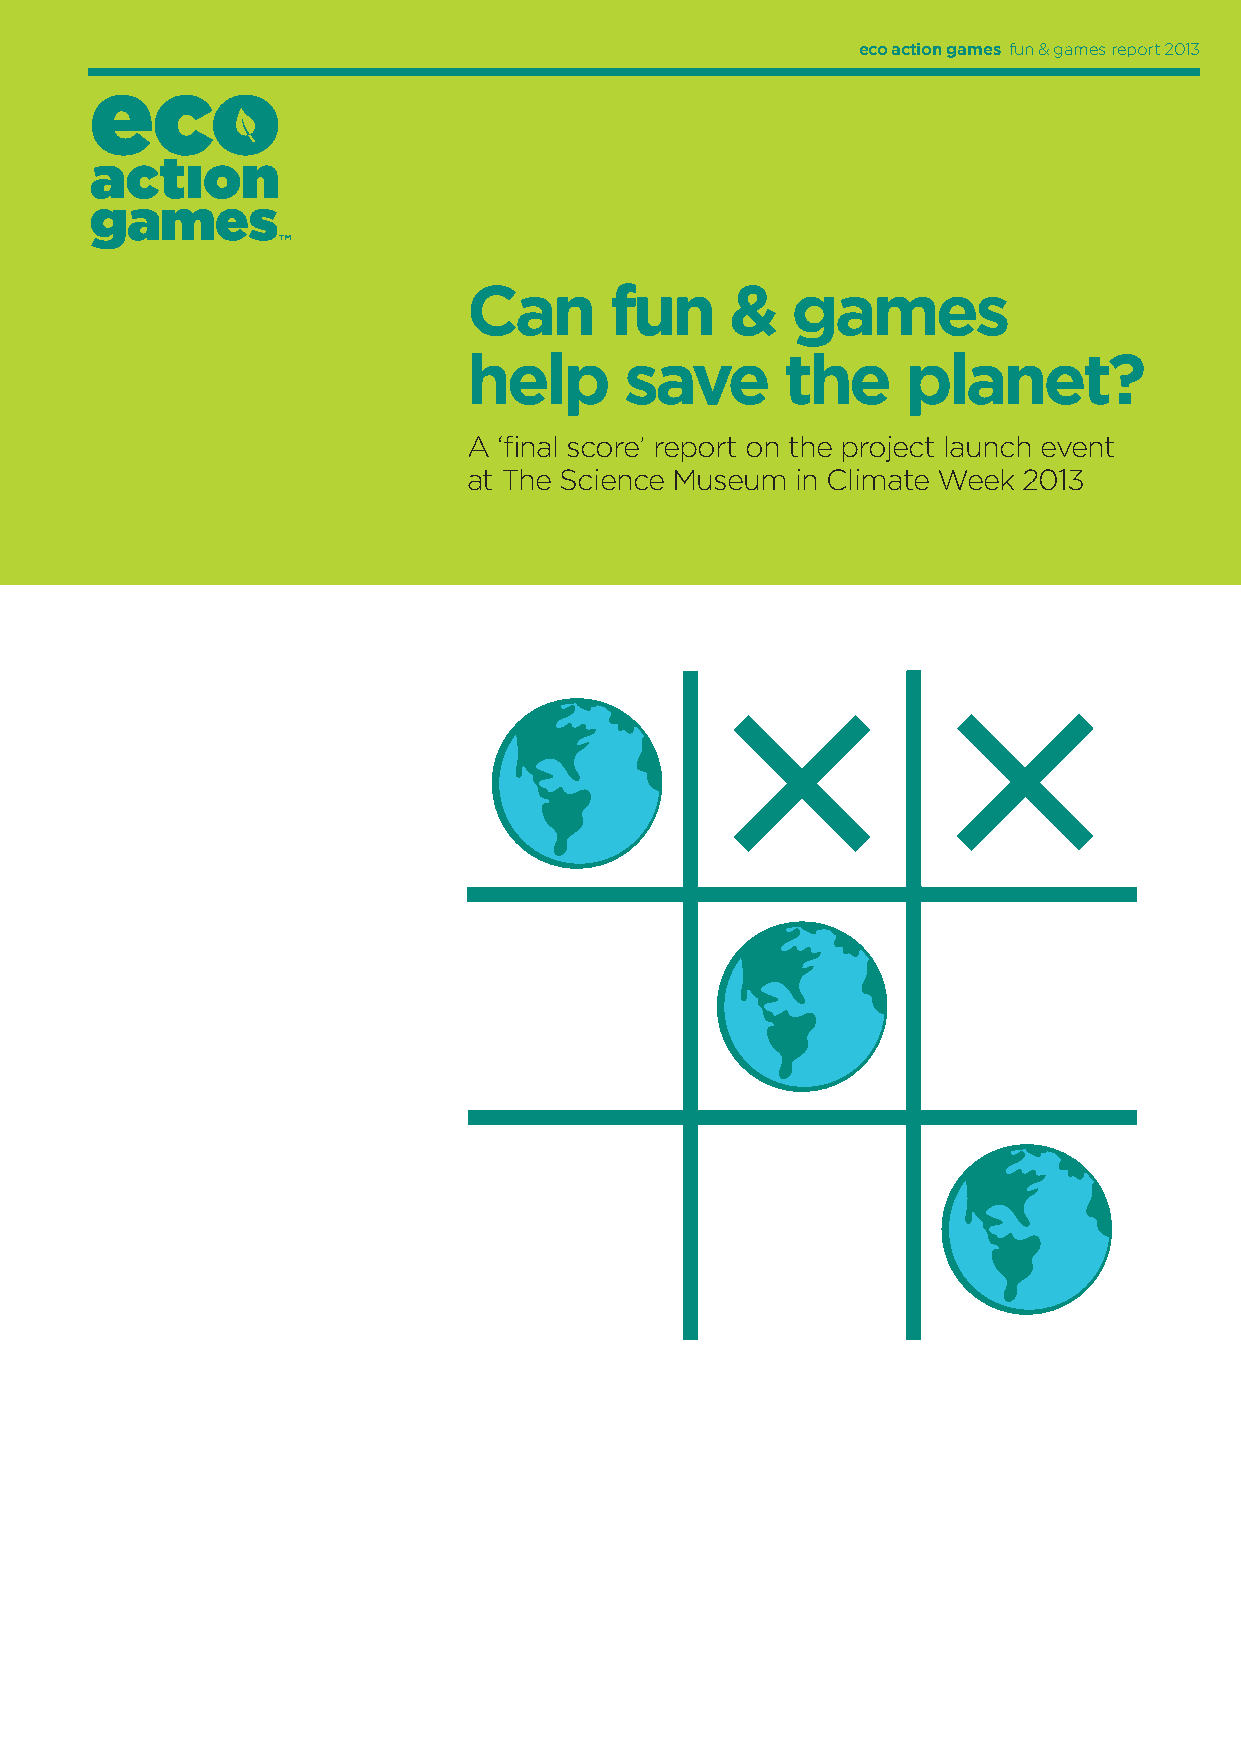
eco action games fun & games report 2013
 Can      fun     &   games
 help      save       the     planet?
 A ‘fi nal score’ report on the project launch event
 at The Science Museum in Climate Week 2013